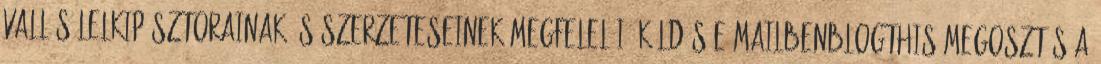
vallás lelkipásztorainak és szerzeteseinek megfelelői. Küldés e-mailbenBlogThis Megosztás a